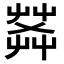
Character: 𦱹